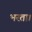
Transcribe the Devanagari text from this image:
भरता।